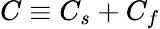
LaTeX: C\equiv C_{s}+C_{f}